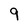
Character: q